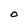
Character: O